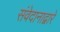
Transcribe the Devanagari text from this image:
संवेदानाद्वारे